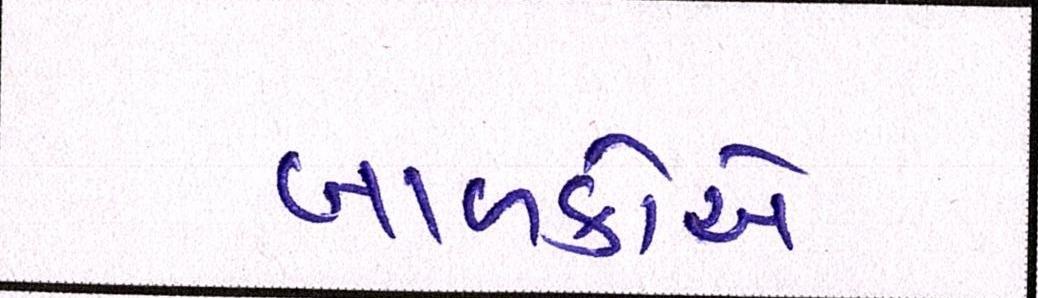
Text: બાળકોએ